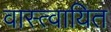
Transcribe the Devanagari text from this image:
वास्त्वायित